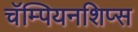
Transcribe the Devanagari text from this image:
चॅम्पियनशिप्स